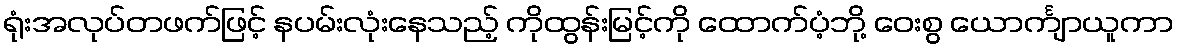
ရုံးအလုပ်တဖက်ဖြင့် နပမ်းလုံးနေသည့် ကိုထွန်းမြင့်ကို ထောက်ပံ့ဘို့ ဝေးစွ ယောင်္ကျာယူကာ